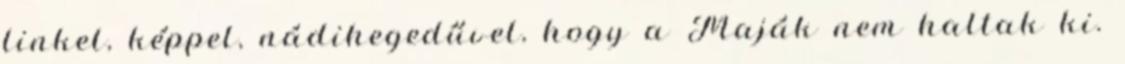
linkel, képpel, nádihegedűvel, hogy a Maják nem haltak ki.